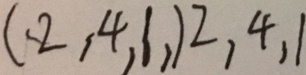
( \cdot 2 , 4 , 1 , ) 2 , 4 , 1